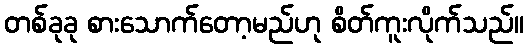
တစ်ခုခု စားသောက်တော့မည်ဟု စိတ်ကူးလိုက်သည်။